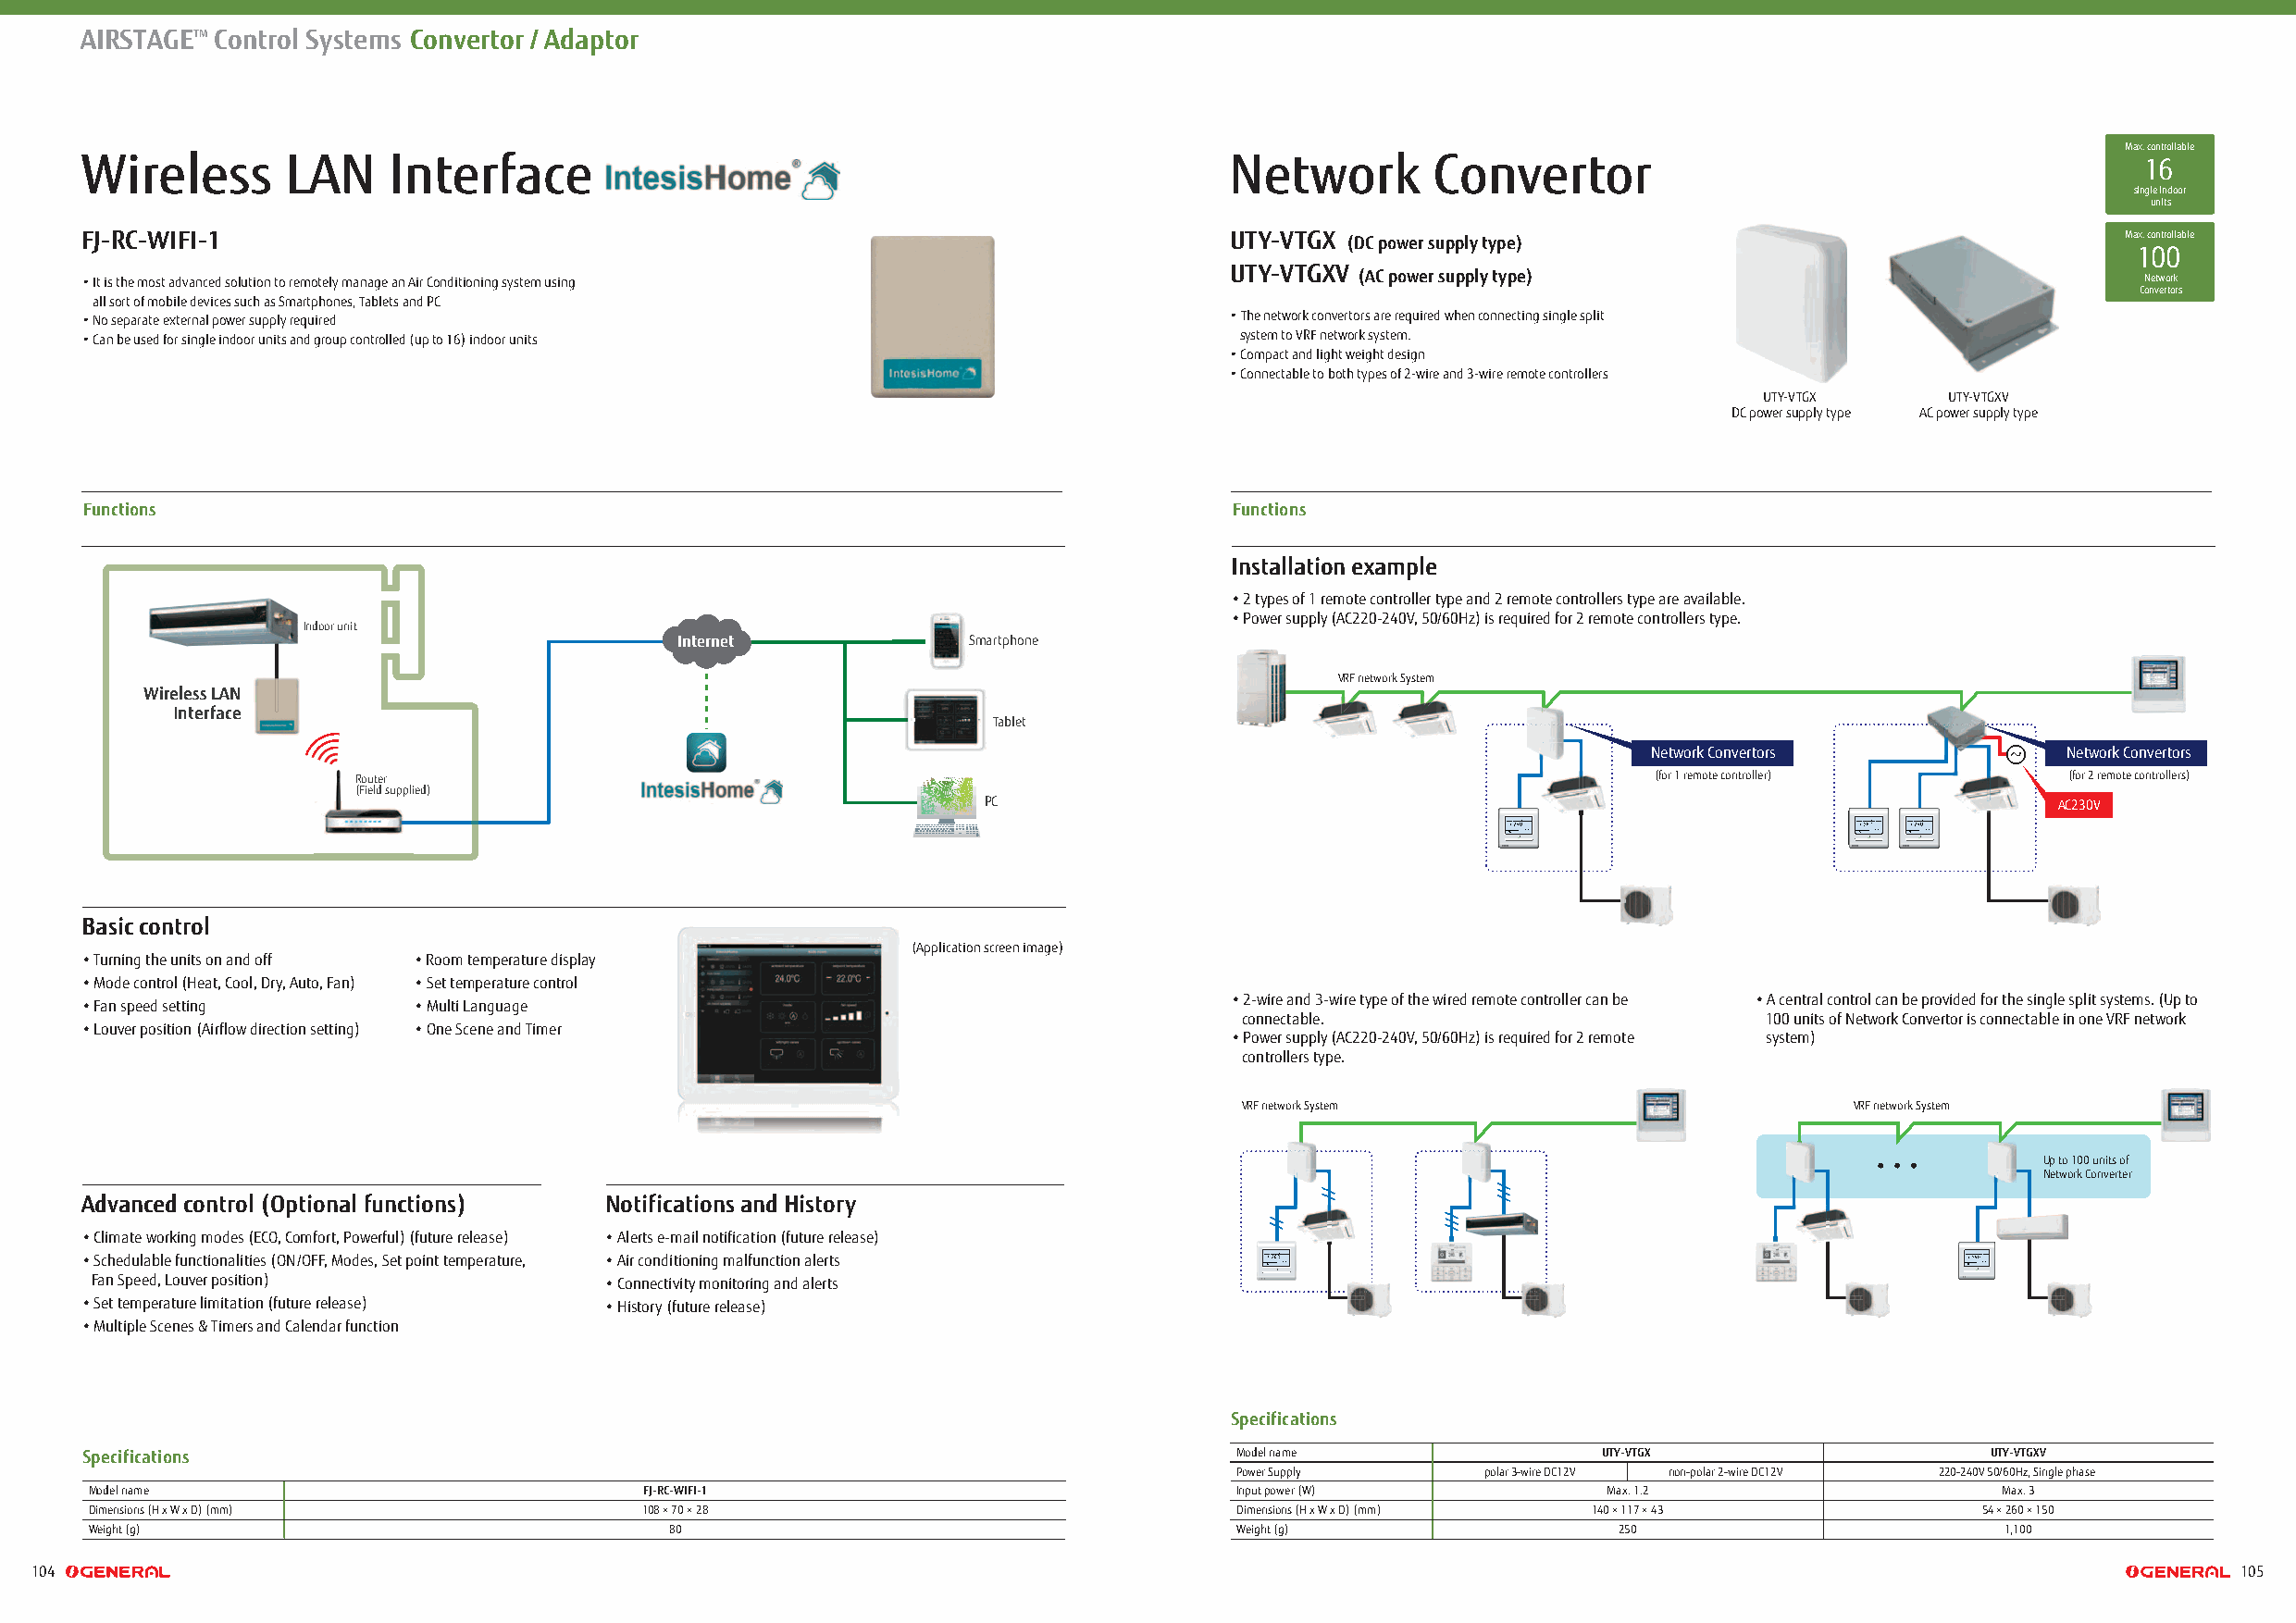
AIRSTAGETM Control Systems Convertor / Adaptor
 Max. controllable
 Wireless      LAN     Interface                                                   Network       Convertor                                          16
 single indoor
 units
 FJ-RC-WIFI-1                                                                      UTY-VTGX (DC power supply type)                                 Max. controllable
 100
 • It is the most advanced solution to remotely manage an Air Conditioning system using UTY-VTGXV (AC power supply type)                            Network
 Convertors
 all sort of mobile devices such as Smartphones, Tablets and PC
 • No separate external power supply required                                      • The network convertors are required when connecting single split
 • Can be used for single indoor units and group controlled (up to 16) indoor units system to VRF network system.
 • Compact and light weight design
 • Connectable to both types of 2-wire and 3-wire remote controllers
 UTY-VTGX     UTY-VTGXV
 DC power supply type AC power supply type
 Functions                                                                         Functions
 Installation example
 • 2 types of 1 remote controller type and 2 remote controllers type are available.
 • Power supply (AC220-240V, 50/60Hz) is required for 2 remote controllers type.
 Indoor unit
 Internet             SSmmaarrttphone
 VRF network System
 Wireless LAN
 Interface
 Tablet
 Network Convertors            Network Convertors
 Router                                                                                       (for 1 remote controller)     (for 2 remote controllers)
 (Field supplied)
 PC                                                                           AC230V
 Basic control
 (Application screen image)
 • Turning the units on and off • Room temperature display
 • Mode control (Heat, Cool, Dry, Auto, Fan) • Set temperature control
 • 2-wire and 3-wire type of the wired remote controller can be • A central control can be provided for the single split systems. (Up to
 • Fan speed setting     • Multi Language
 connectable.                         100 units of Network Convertor is connectable in one VRF network
 • Louver position (Airflow direction setting) • One Scene and Timer
 • Power supply (AC220-240V, 50/60Hz) is required for 2 remote system)
 controllers type.
 VRF network System                          VRF network System
 Up to 100 units of
 Network Converter
 Advanced control (Optional functions) Notifications and History
 • Climate working modes (ECO, Comfort, Powerful) (future release) • Alerts e-mail notification (future release)
 • Schedulable functionalities (ON/OFF, Modes, Set point temperature, • Air conditioning malfunction alerts
 Fan Speed, Louver position)         • Connectivity monitoring and alerts
 • Set temperature limitation (future release) • History (future release)
 • Multiple Scenes & Timers and Calendar function
 Specifications
 Specifications                                                                    Model name                 UTY-VTGX                   UTY-VTGXV
 Power Supply      polar 3-wire DC12V non-polar 2-wire DC12V 220-240V 50/60Hz, Single phase
 Model name                              FJ-RC-WIFI-1                              Input power (W)            Max. 1.2                    Max. 3
 Dimensions (H x W x D) (mm)             108 × 70 × 28                             Dimensions (H x W x D) (mm) 140 × 117 × 43            54 × 260 × 150
 Weight (g)                                80                                      Weight (g)                  250                        1,100
 104                                                                                                                                                           105